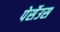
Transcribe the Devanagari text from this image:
पेर्सेउस